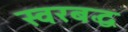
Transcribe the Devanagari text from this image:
स्‍वरबद्ध